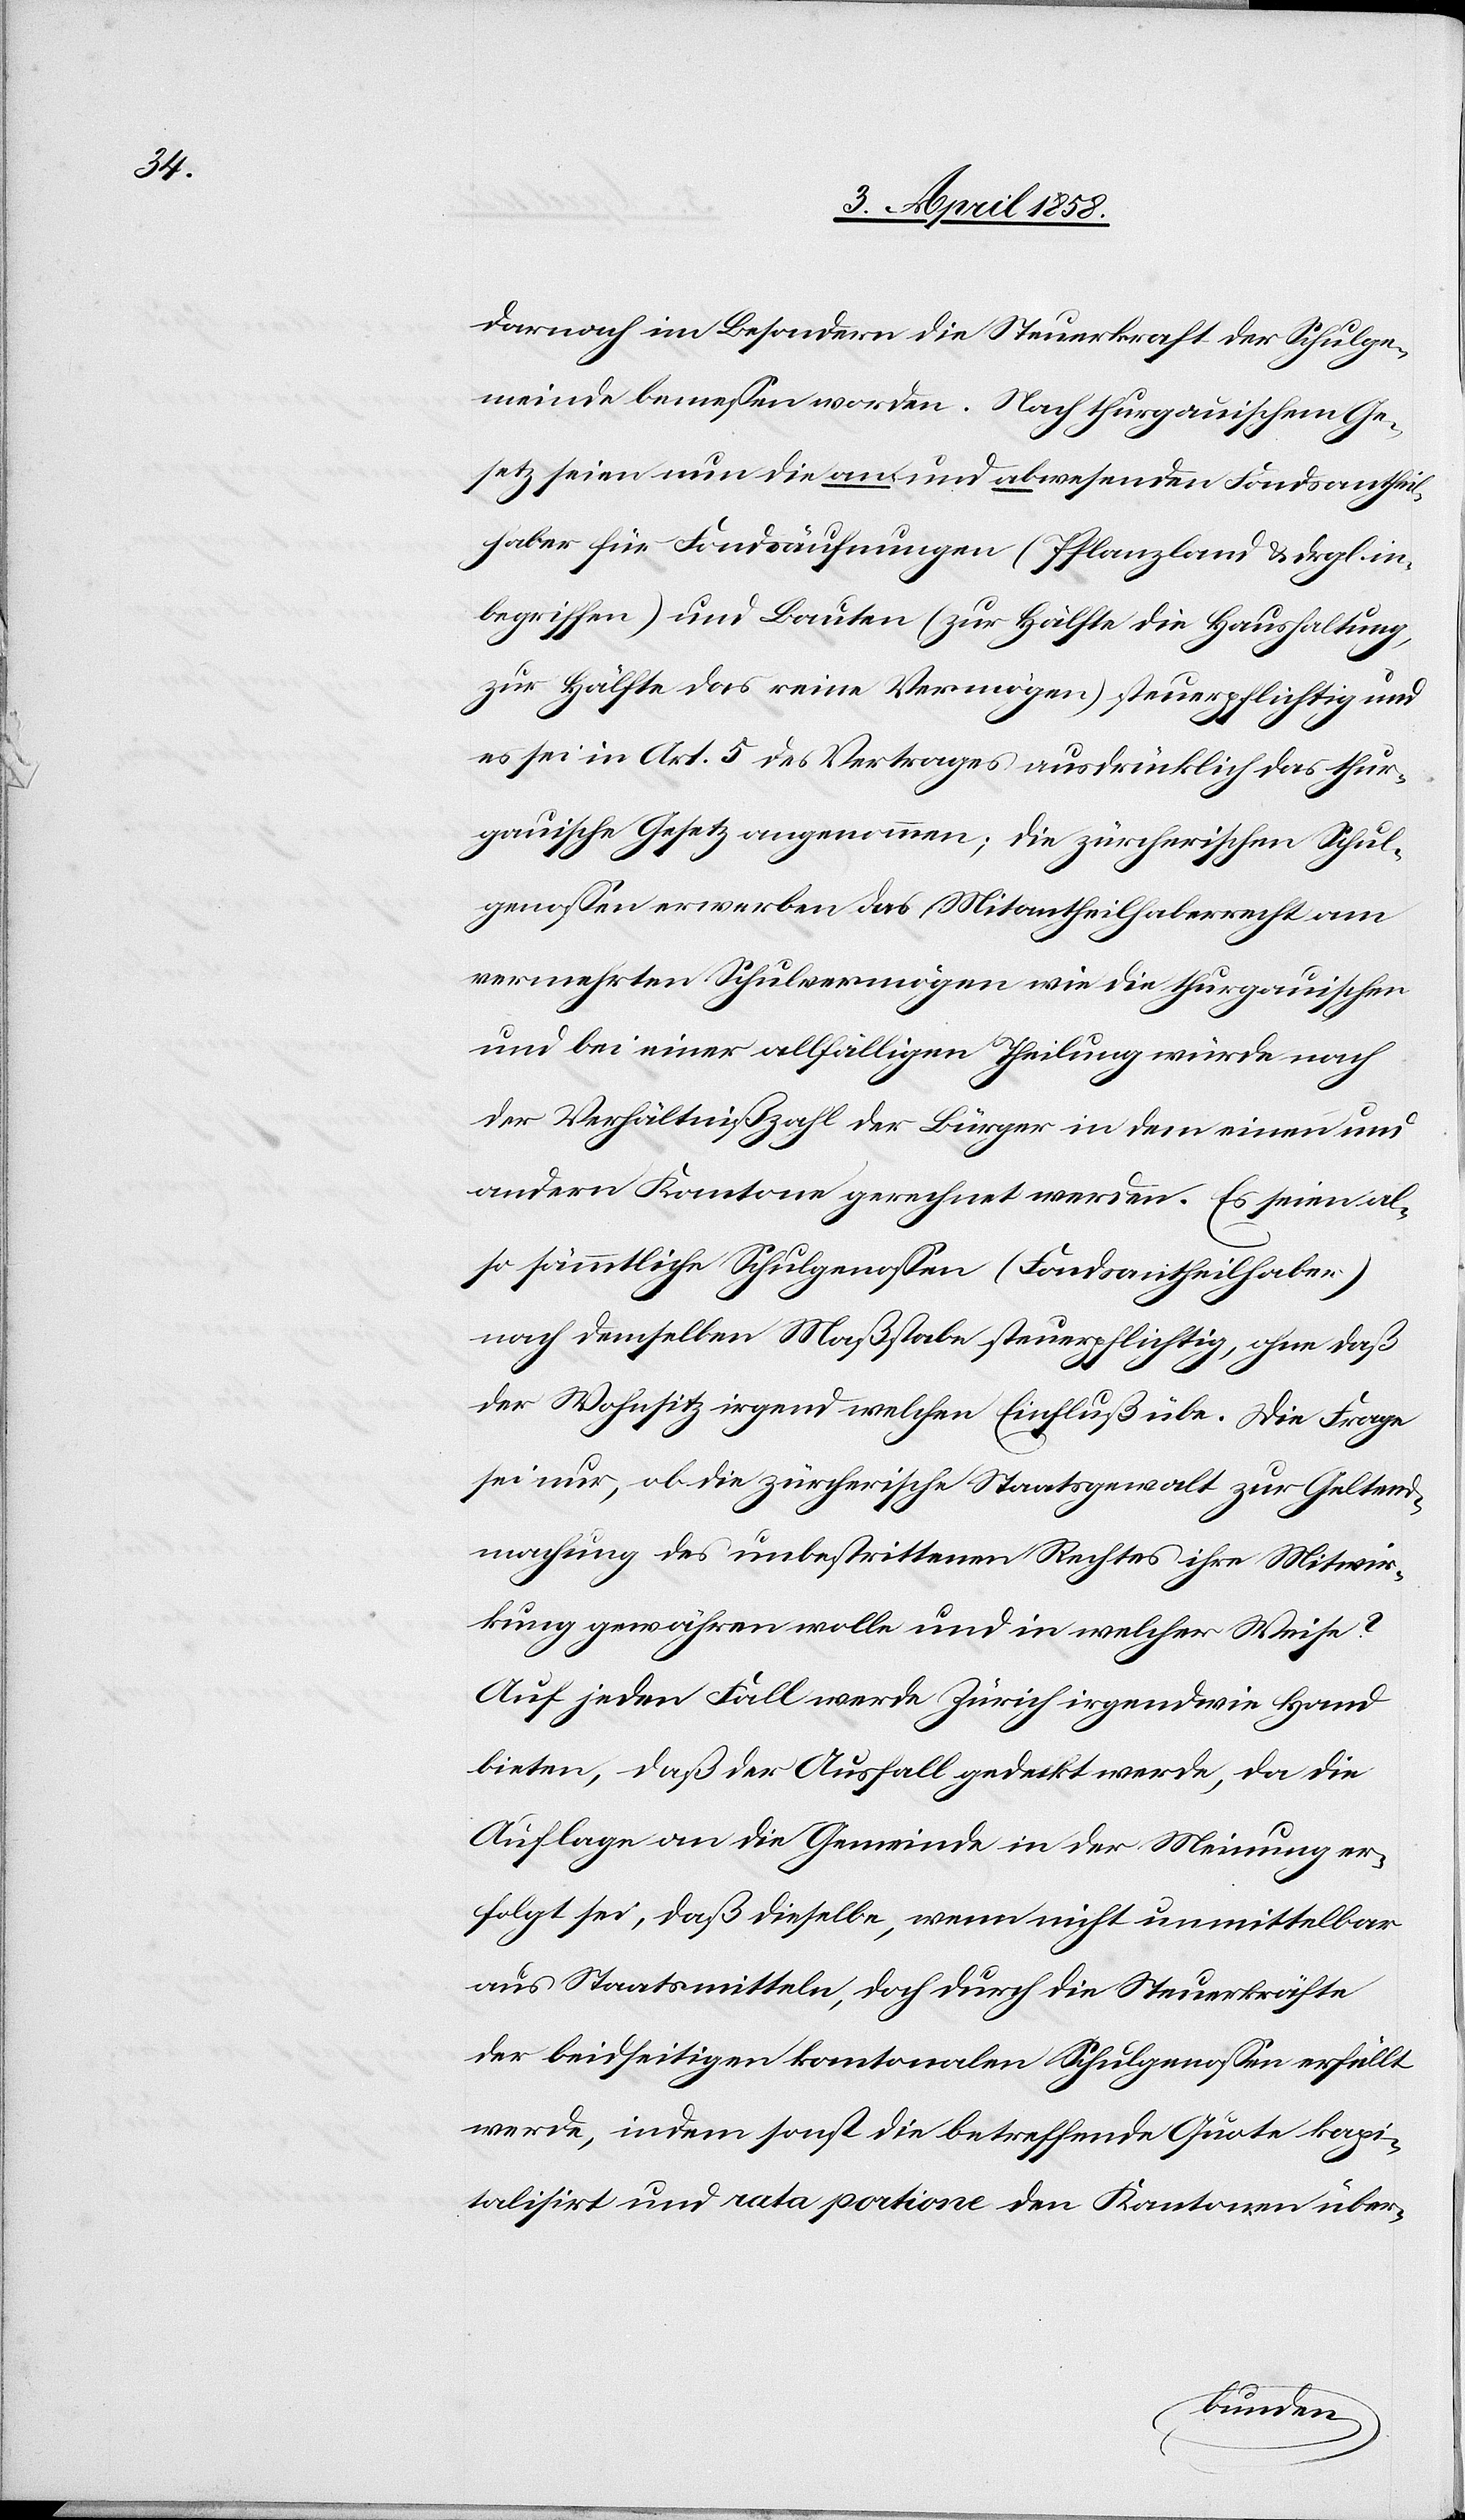
darnach im Besondern die Steuerkraft der Schulge¬
meinde bemessen worden. Nach thurgauischem Ge¬
setz seien nun die an- und abwesenden Fondsantheil¬
haber für Fondsäufnungen (Pflanzland u. drgl. in¬
begriffen) und Bauten (zur Hälfte die Haushaltung,
zur Hälfte das reine Vermögen) steuerpflichtig und
es sei in Art. 5 des Vertrages ausdrücklich das thur¬
gauische Gesetz angenommen; die zürcherischen Schul¬
genossen erwerben das Mitantheilhaberrecht am
vermehrten Schulvermögen wie die thurgauischen
und bei einer allfälligen Theilung würde nach
der Verhältnißzahl der Bürger in dem einen und
andern Kantone gerechnet werden. Es seien al¬
so sämmtliche Schulgenossen (Fondsantheilhaber)
nach demselben Maßstabe steuerpflichtig, ohne daß
der Wohnsitz irgend welchen Einfluß übe. Die Frage
sei nur, ob die zürcherische Staatsgewalt zur Geltend¬
machung des unbestrittenen Rechtes ihre Mitwir¬
kung gewähren wolle und in welcher Weise?
Auf jeden Fall werde Zürich irgendwie Hand
bieten, daß der Ausfall gedeckt werde, da die
Auflage an die Gemeinde in der Meinung er¬
folgt sei, daß dieselbe, wenn nicht unmittelbar
aus Staatsmitteln, doch durch die Steuerkräfte
der beidseitigen kantonalen Schulgenossen erfüllt
werde, indem sonst die betreffende Quote kapi¬
talisirt und rata portione den Kantonen über-